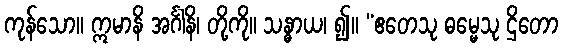
ကုန်သော။ ဣမာနိ အင်္ဂါနိ၊ တို့ကို။ သန္ဓာယ၊ ၍။ “ဧတေသု ဓမ္မေသု ဌိတော